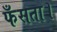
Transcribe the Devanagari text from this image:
फँसता।